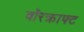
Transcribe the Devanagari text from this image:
वॉरक्राफ्ट